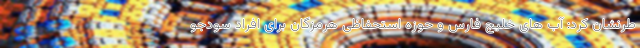
طرنشان کرد: آب های خلیج فارس و حوزه استحفاظی هرمزگان برای افراد سودجو